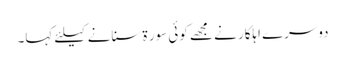
دوسرے اہلکار نے مجھے کوئی سور ۃ سنانے کیلئے کہا۔